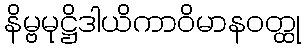
နိမ္ဗမုဋ္ဌိဒါယိကာဝိမာနဝတ္ထု